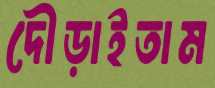
দৌড়াইতাম